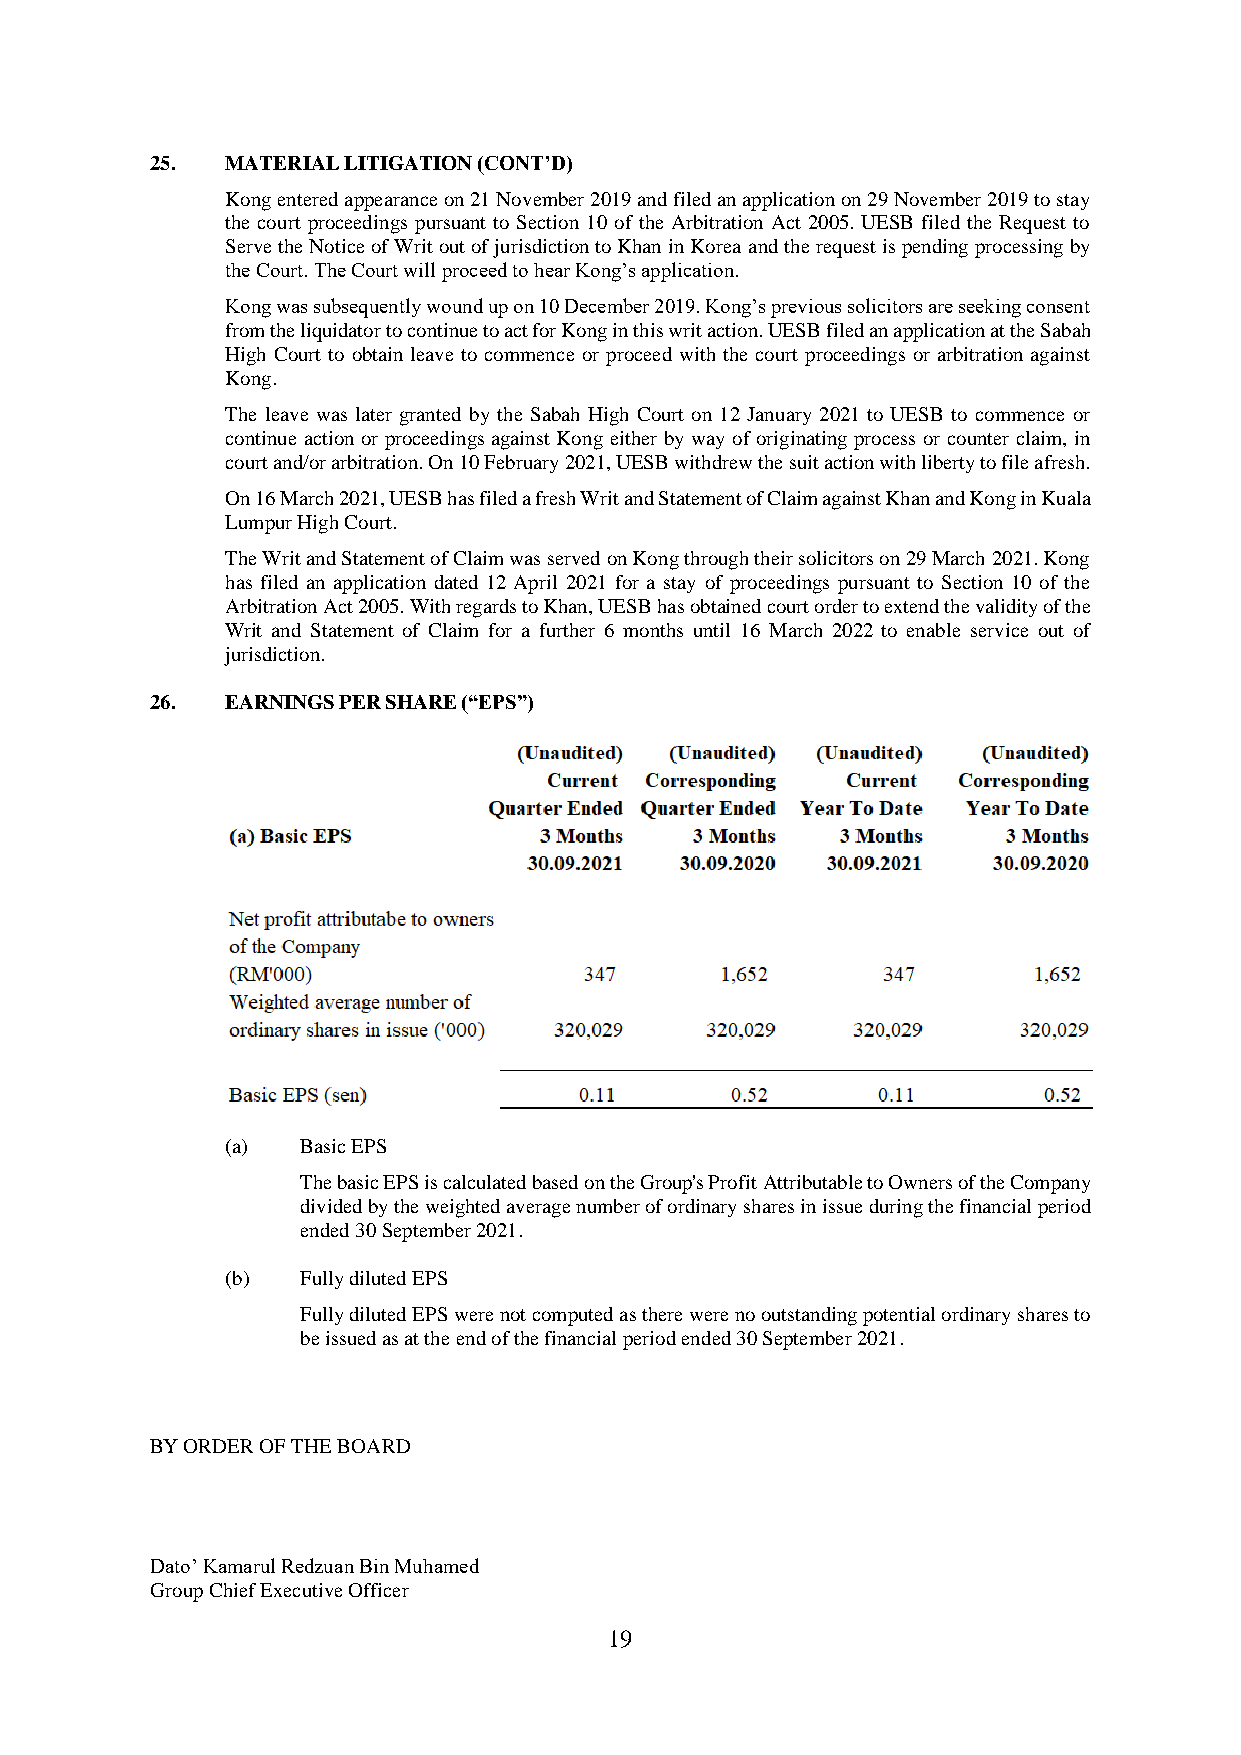
25.  MATERIAL LITIGATION (CONT’D)
 Kong entered appearance on 21 November 2019 and filed an application on 29 November 2019 to stay
 the court proceedings pursuant to Section 10 of the Arbitration Act 2005. UESB filed the Request to
 Serve the Notice of Writ out of jurisdiction to Khan in Korea and the request is pending processing by
 the Court. The Court will proceed to hear Kong’s application.
 Kong was subsequently wound up on 10 December 2019. Kong’s previous solicitors are seeking consent
 from the liquidator to continue to act for Kong in this writ action. UESB filed an application at the Sabah
 High Court to obtain leave to commence or proceed with the court proceedings or arbitration against
 Kong.
 The leave was later granted by the Sabah High Court on 12 January 2021 to UESB to commence or
 continue action or proceedings against Kong either by way of originating process or counter claim, in
 court and/or arbitration. On 10 February 2021, UESB withdrew the suit action with liberty to file afresh.
 On 16 March 2021, UESB has filed a fresh Writ and Statement of Claim against Khan and Kong in Kuala
 Lumpur High Court.
 The Writ and Statement of Claim was served on Kong through their solicitors on 29 March 2021. Kong
 has filed an application dated 12 April 2021 for a stay of proceedings pursuant to Section 10 of the
 Arbitration Act 2005. With regards to Khan, UESB has obtained court order to extend the validity of the
 Writ and Statement of Claim for a further 6 months until 16 March 2022 to enable service out of
 jurisdiction.
 26.  EARNINGS PER SHARE (“EPS”)
 (a)  Basic EPS
 The basic EPS is calculated based on the Group's Profit Attributable to Owners of the Company
 divided by the weighted average number of ordinary shares in issue during the financial period
 ended 30 September 2021.
 (b)  Fully diluted EPS
 Fully diluted EPS were not computed as there were no outstanding potential ordinary shares to
 be issued as at the end of the financial period ended 30 September 2021.
 BY ORDER OF THE BOARD
 Dato’ Kamarul Redzuan Bin Muhamed
 Group Chief Executive Officer
 19